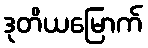
ဒုတိယမြောက်